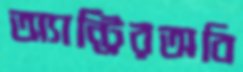
অ্যান্ট্রিরঅবি